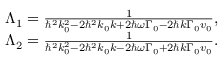
\begin{array} { r } { \Lambda _ { 1 } = { \frac { 1 } { \hbar ^ { 2 } k _ { 0 } ^ { 2 } - 2 \hbar ^ { 2 } k _ { 0 } k + 2 \hbar \omega \Gamma _ { 0 } - 2 \hbar k \Gamma _ { 0 } v _ { 0 } } } , } \\ { \Lambda _ { 2 } = { \frac { 1 } { \hbar ^ { 2 } k _ { 0 } ^ { 2 } - 2 \hbar ^ { 2 } k _ { 0 } k - 2 \hbar \omega \Gamma _ { 0 } + 2 \hbar k \Gamma _ { 0 } v _ { 0 } } } . } \end{array}